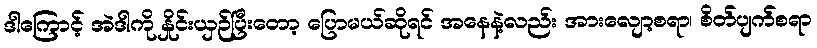
ဒါကြောင့် အဲဒါကို နှိုင်းယှဉ်ပြီးတော့ ပြောမယ်ဆိုရင် အနေနဲ့လည်း အားလျော့စရာ၊ စိတ်ပျက်စရာ